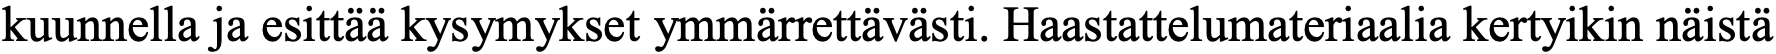
kuunnella ja esittää kysymykset ymmärrettävästi. Haastattelumateriaalia kertyikin näistä